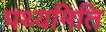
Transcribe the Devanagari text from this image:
पथ्यमिति